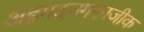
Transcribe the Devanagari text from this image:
अहमदनगरनजीक